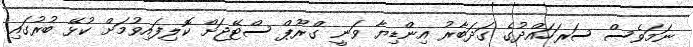
ނަމަވެސް ސަރަހައްދުގެ ގަދަބާރު އިންޑިޔާ ވަނީ ގްރޫޕް ސްޓޭޖަށް ކޮލިފައިވުމަށް ކުޅޭ ބުރުގައި